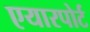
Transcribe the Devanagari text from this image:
एयारपोर्ट